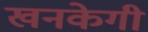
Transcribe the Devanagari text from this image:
खनकेगी